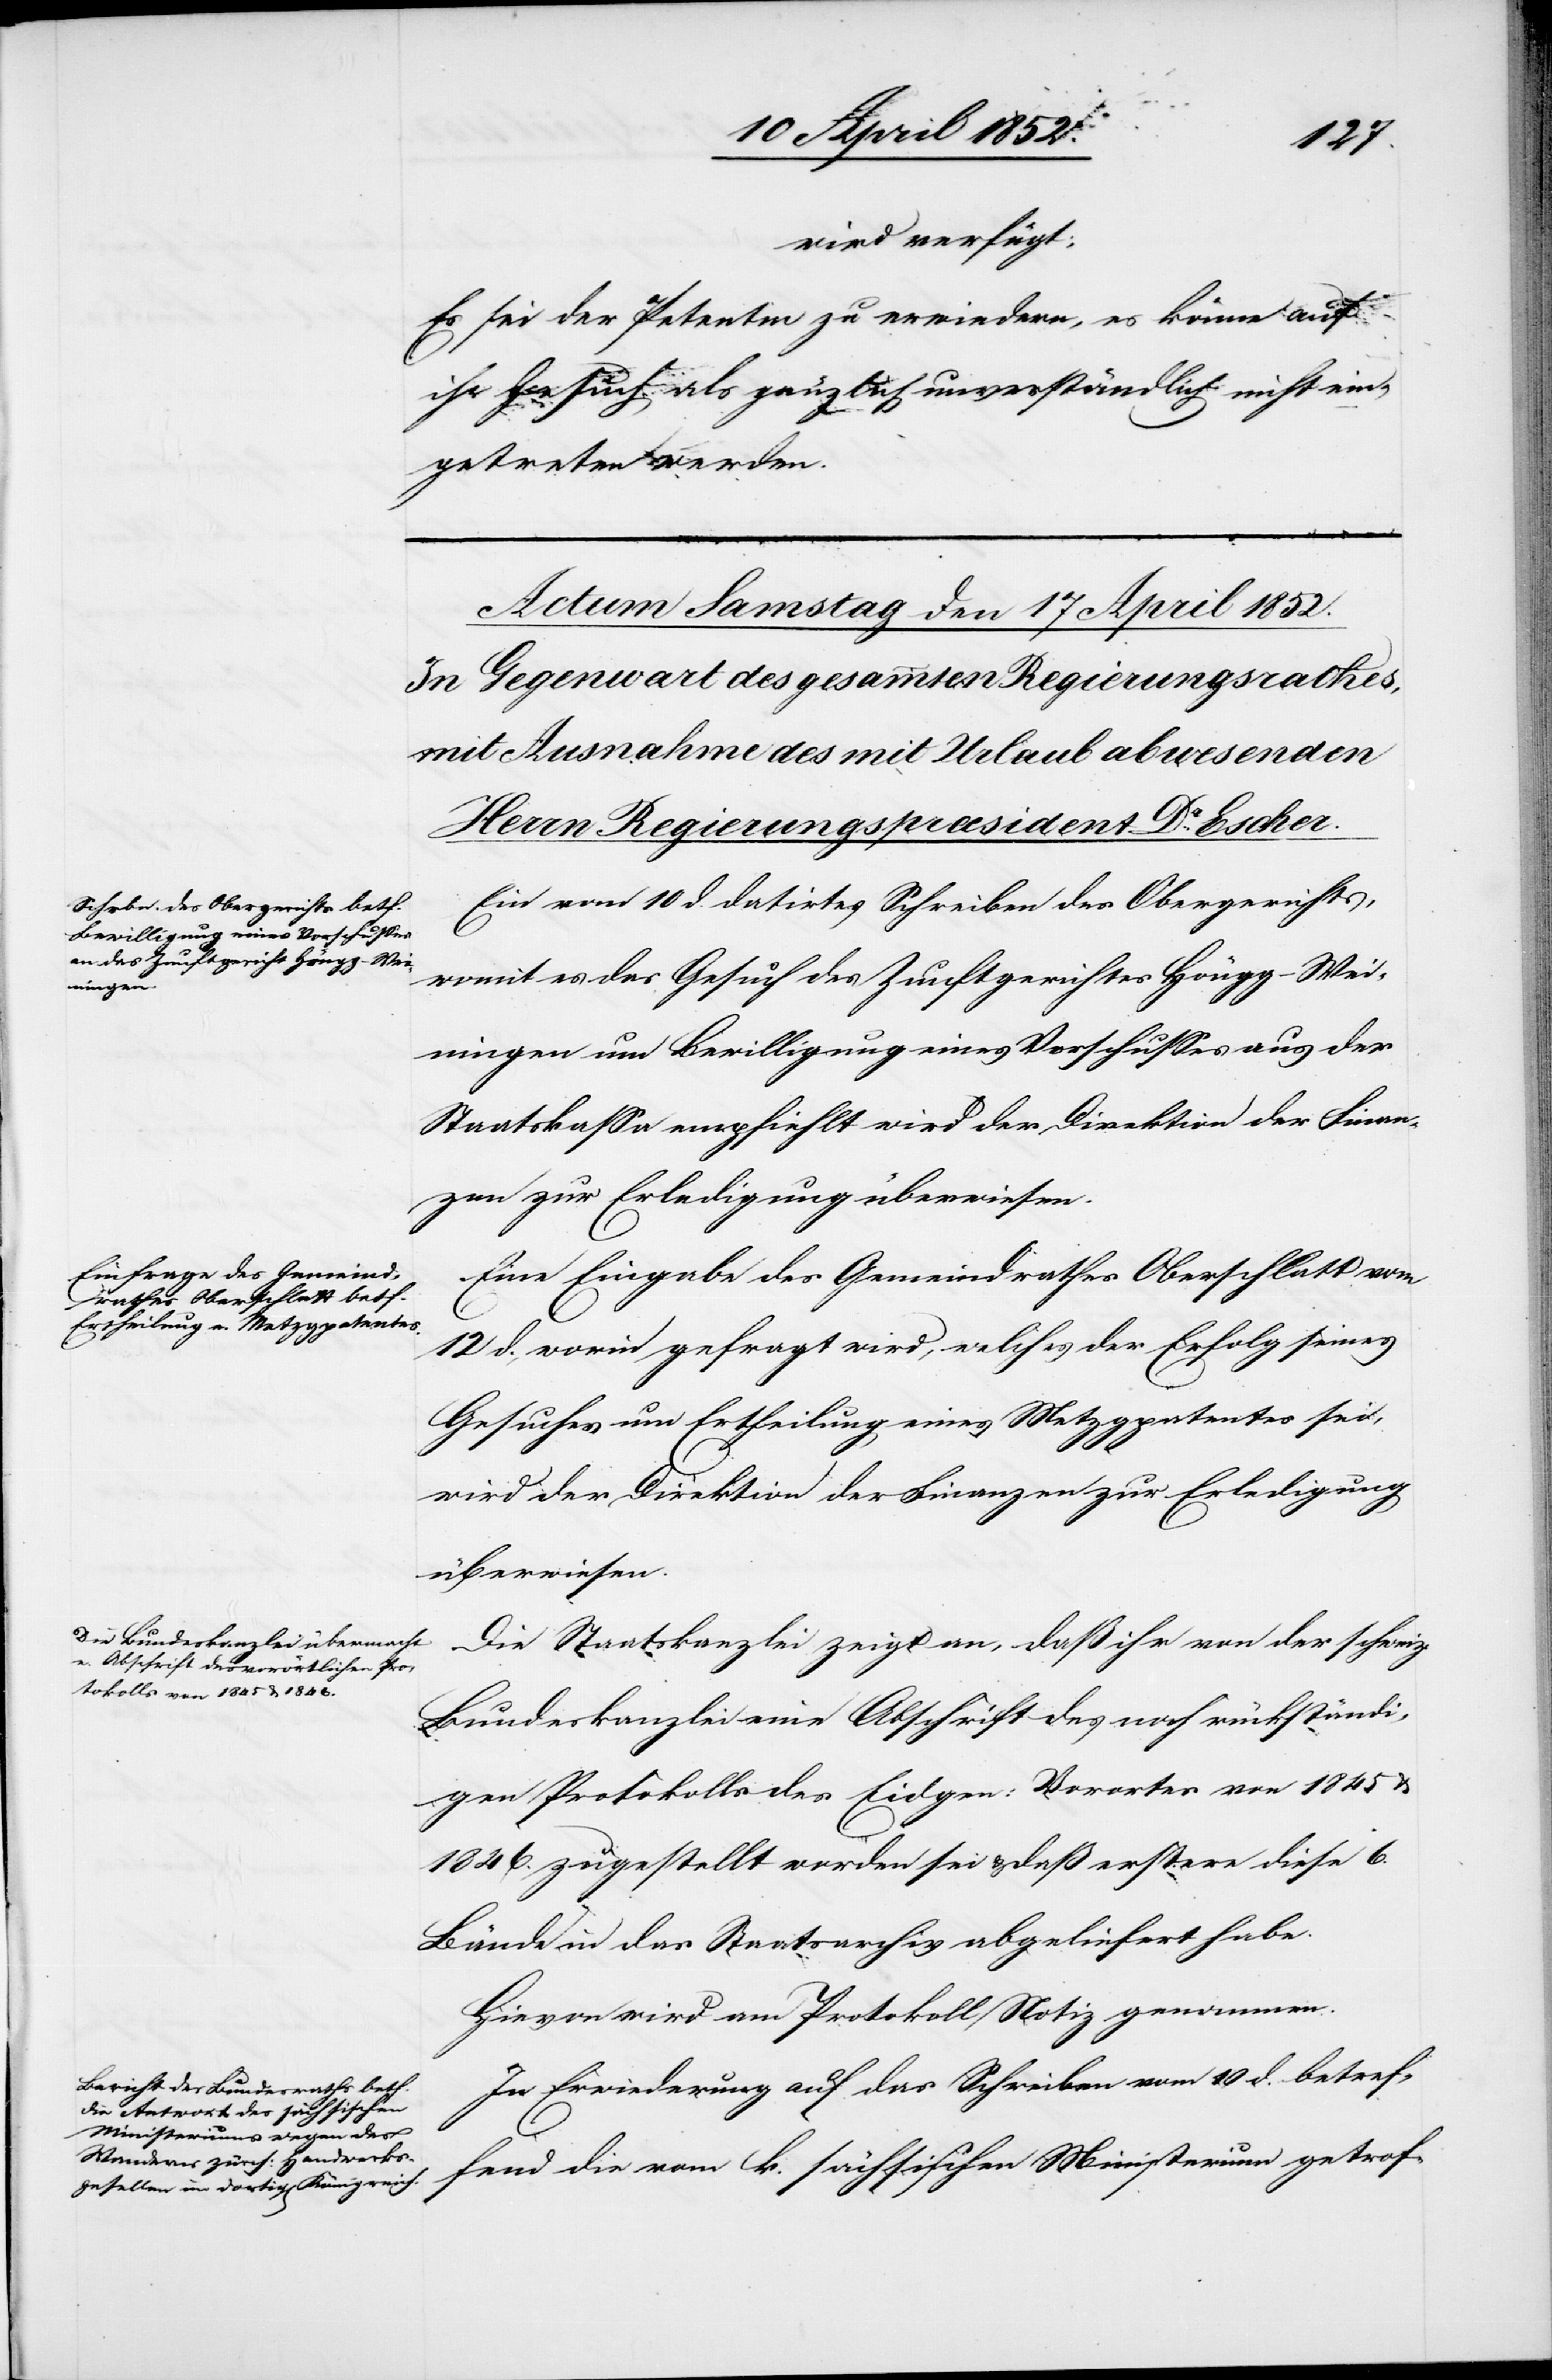
wird verfügt:
Es sei der Petentin zu erwiedern, es könne auf
ihr Gesuch als gänzlich unverständlich nicht ein¬
getreten werden.
Ein vom 10 d. datirtes Schreiben des Obergerichts,
womit es das Gesuch des Zunftgerichtes Höngg-Wei¬
ningen um Bewilligung eines Vorschusses aus der
Staatskassa empfiehlt wird der Direktion der Finan¬
zen zur Erledigung überwiesen.
Eine Eingabe des Gemeindrathes Oberschlatt vom
12 d., worin gefragt wird, welches der Erfolg seines
Gesuches um Ertheilung eines Metzgpatentes sei,
wird der Direktion der Finanzen zur Erledigung
überwiesen.
Die Staatskanzlei zeigt an, daß ihr von der schweiz.
Bundeskanzlei eine Abschrift des noch rückständi¬
gen Protokolls des Eidgen: Vorortes von 1845 &
1846. zugestellt worden sei & daß erstere diese 6.
Bände in das Staatsarchiv abgeliefert habe.
Hievon wird am Protokoll Notiz genommen.
In Erwiederung auf das Schreiben vom 10 d. betref¬
fend die vom k. sächsischen Ministerium getrof-